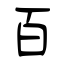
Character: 百